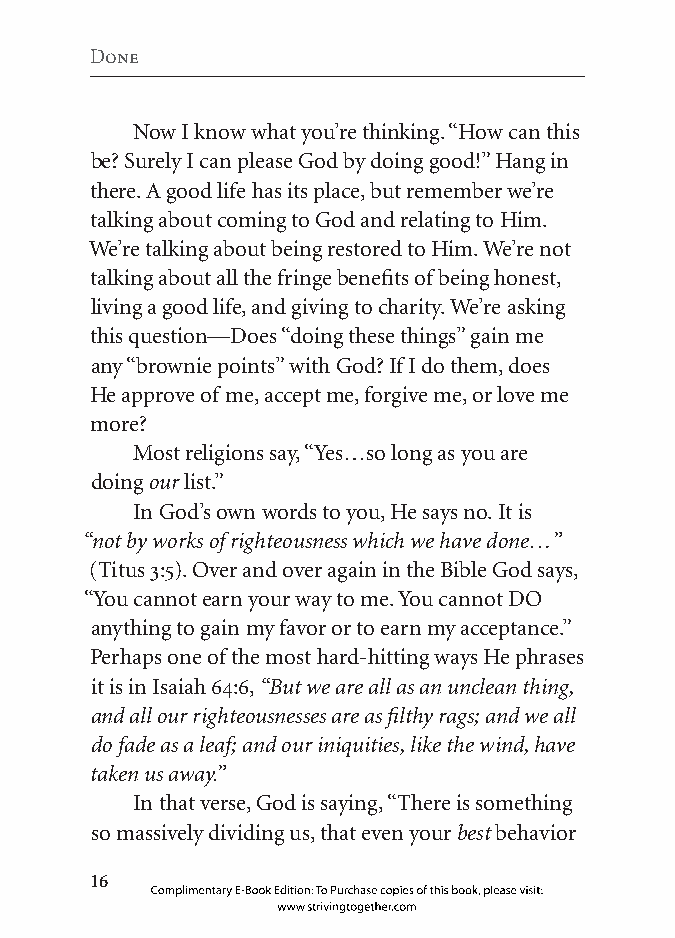
Done
 Now I know what you’re thinking. “How can this
 be? Surely I can please God by doing good!” Hang in
 there. A good life has its place, but remember we’re
 talking about coming to God and relating to Him.
 We’re talking about being restored to Him. We’re not
 talking about all the fringe benefits of being honest,
 living a good life, and giving to charity. We’re asking
 this question—Does “doing these things” gain me
 any “brownie points” with God? If I do them, does
 He approve of me, accept me, forgive me, or love me
 more?
 Most religions say, “Yes…so long as you are
 doing our list.”
 In God’s own words to you, He says no. It is
 “not by works of righteousness which we have done…”
 (Titus 3:5). Over and over again in the Bible God says,
 “You cannot earn your way to me. You cannot DO
 anything to gain my favor or to earn my acceptance.”
 Perhaps one of the most hard-hitting ways He phrases
 it is in Isaiah 64:6, “But we are all as an unclean thing,
 and all our righteousnesses are as filthy rags; and we all
 do fade as a leaf; and our iniquities, like the wind, have
 taken us away.”
 In that verse, God is saying, “There is something
 so massively dividing us, that even your best behavior
 
 Complimentary E-Book Edition: To Purchase copies of this book, please visit:
 www.strivingtogether.com